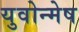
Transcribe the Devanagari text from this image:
युवोन्मेष